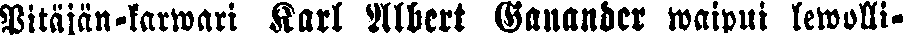
Pitäjän-karwari Karl Albert Ganander waipui lewolli-